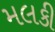
મલકી